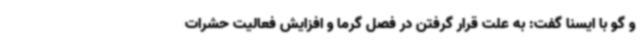
و گو با ایسنا گفت: به علت قرار گرفتن در فصل گرما و افزایش فعالیت حشرات